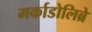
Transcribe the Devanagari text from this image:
मर्काडोलिब्रे